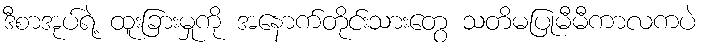
ဒီစာအုပ်ရဲ့ ထူးခြားမှုကို အနောက်တိုင်းသားတွေ သတိမပြုမီမီကာလကပဲ